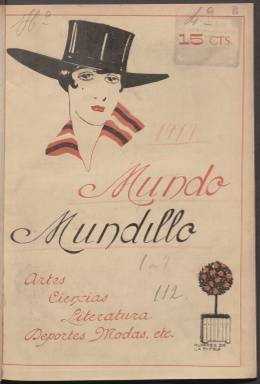
Título: Mundo mundillo (Madrid)
Colección: Revistas de información general
Ámbito geográfico: Madrid
Lugar de publicación: Madrid
Fechas: 24/02/1917-08/04/1917

Revista semanal ilustrada de vida efímera que no cuajó entre el público y, al parecer, solo editó siete números en 1917. Quizá en tan corto recorrido influyó la competencia existente en el terreno de las publicaciones gráficas a la vez que las dificultades económicas derivadas de la I Guerra Mundial, que se dejaron sentir también en España pese a su neutralidad en el conflicto.

   Precisamente, la revista abrió la portada de su primer número con una fotografía del rey Alfonso XIII y un artículo pidiendo para él el Premio Nobel de la Paz por haber mantenido a España al margen de la guerra y por su ‘humanitario intervencionismo’.

El contenido de Mundo mundillo estaba por completo alejado de la política y centrado en el arte, las ciencias, la literatura, el deporte y la moda. También a ese arte de reciente creación que era el cine. No podía evitar ocuparse de la guerra y así podemos ver páginas gráficas con escenas bélicas en sus números, como la cubierta de la entrega del 10 de marzo.

  La revista se abría con una sección titulada Curiosidades, Anécdotas, Misceláneas, Verdades y Mentiras que es un cajón de sastre en el que no falta el humor. Le seguía la portada con una ilustración que solía ser la reproducción de un cuadro y continuaba con secciones como la de Notas de la Semana con imágenes de la actualidad y las ya citadas anteriormente. Entre ellas, el deporte y la moda, además de las crónicas taurinas, tenían un papel destacado.

El aspecto gráfico es lo que sobresale de este semanario, con fotografías y dibujos de varios artistas. Uno de los más asiduos es el pintor, dibujante y cartelista Manuel Álvarez Puebla, quien firma la ilustración de cubierta del 8 de abril, el que parece ser el último número. Se trata de una recreación moderna de la escena de las mujeres al pie de la cruz con motivo de la celebración de la Semana Santa.

  El director de la revista era Antonio Valero de Bernabé, de quien poco se sabe. En la Biblioteca Nacional de España figura como autor principal o secundario de algunas obras como ‘La patria del almirante’, sobre Cristóbal Colón, o un guion cinematográfico sobre el bandolero José María ‘El Tempranillo’.

   Salvo el primer número que contó con 24, el resto de las entregas de Mundo mundillo fueron de 36 páginas. Varias de las páginas estaban dedicadas a la publicidad, lo que no parece que fuera suficiente apoyo económico para seguir editando la revista.

[Descripción publicada el 11/09/2023]